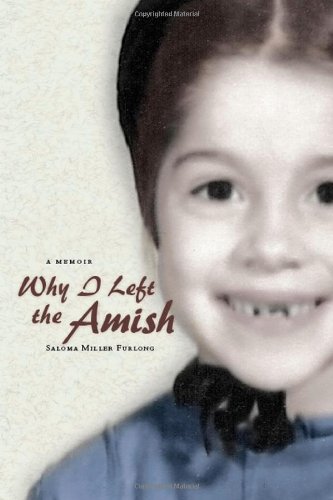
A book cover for Why I Left the Amish: A Memoir; Saloma Miller Furlong; Politics & Social Sciences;